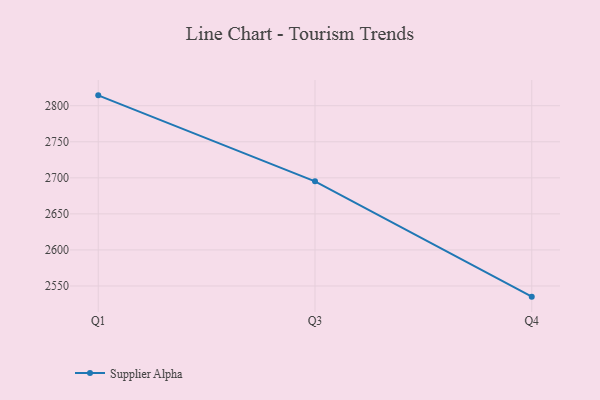
{"axis": {"x": "Quarter", "y": "LTV (USD)"}, "legend": ["Supplier Alpha"], "data": [{"x": "Q1", "y": 2814.4, "type": "Supplier Alpha"}, {"x": "Q3", "y": 2695.2, "type": "Supplier Alpha"}, {"x": "Q4", "y": 2535.2, "type": "Supplier Alpha"}]}